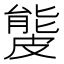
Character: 𥀍